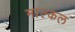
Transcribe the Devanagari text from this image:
माल्कल